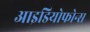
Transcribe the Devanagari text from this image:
आइडियोफोन्स